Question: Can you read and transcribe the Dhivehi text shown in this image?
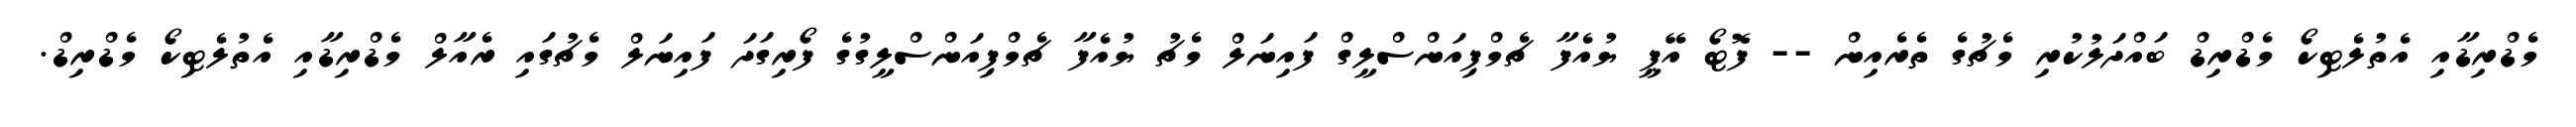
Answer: މެޑްރިޑާއި އެތުލެޓިކޯ މެޑްރިޑް ބައްދަލުކުރި މެޗުގެ ތެރެއިން -- ފޮޓޯ އޭޕީ ޔުއެފާ ޗެމްޕިއަންސްލީގް ފައިނަލް މެޗު ޔުއެފާ ޗެމްޕިއަންސްލީގުގެ ފޯރިގަދަ ފައިނަލް މެޗުގައި ރެއާލް މެޑްރިޑާއި އެތުލެޓިކޯ މެޑްރިޑް.